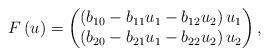
LaTeX: \begin{align*}F\left(u\right)=\begin{pmatrix}\left(b_{10}-b_{11}u_{1}-b_{12}u_{2}\right)u_{1}\\\left(b_{20}-b_{21}u_{1}-b_{22}u_{2}\right)u_{2}\end{pmatrix},\end{align*}